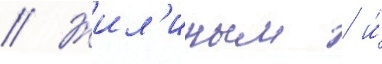
// Жил'иным / и́